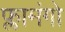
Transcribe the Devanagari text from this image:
फ्लामंगो